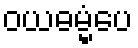
ဝယဓမ္မံပေ